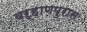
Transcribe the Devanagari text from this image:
वऱ्हाणपुरास